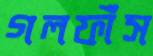
গলফাঁস